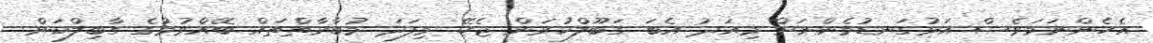
އެހެންނަމަވެސް އަޅުގަނޑުމެންނަށް މިއަދު އެބަ ގަބޫލްކުރަން ޖެހޭ މިފަދަ މުބާރާތްތައް ބޭއްވުމުގެ ގާބިލްކަން